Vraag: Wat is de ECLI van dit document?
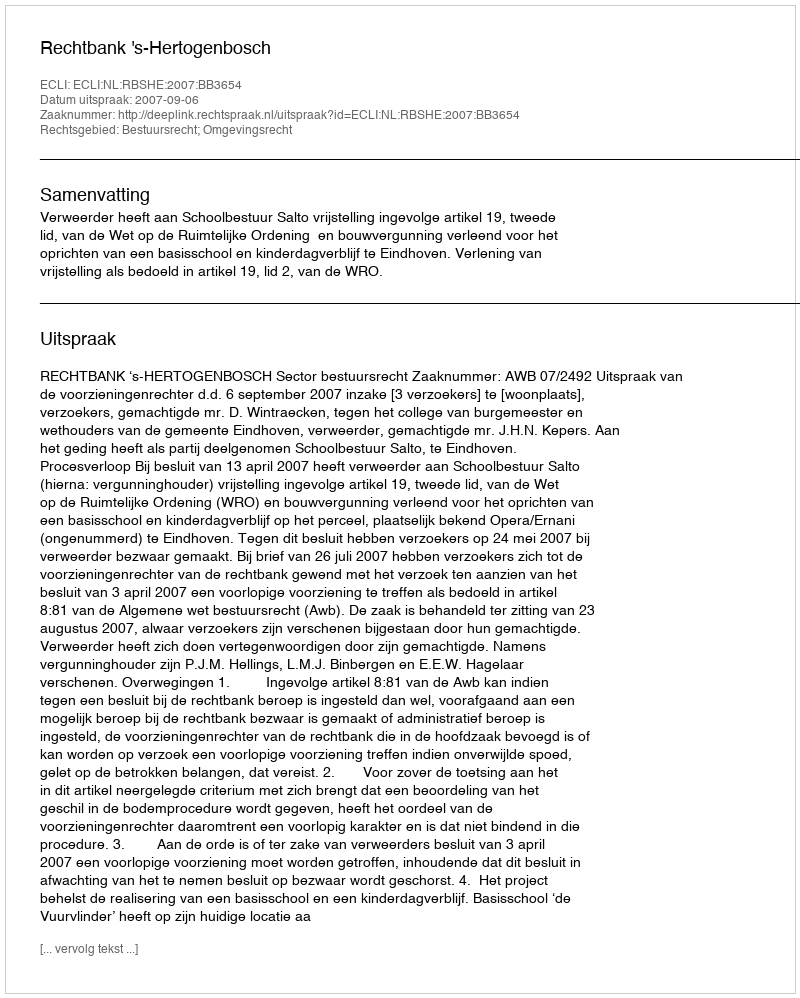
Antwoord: ECLI:NL:RBSHE:2007:BB3654